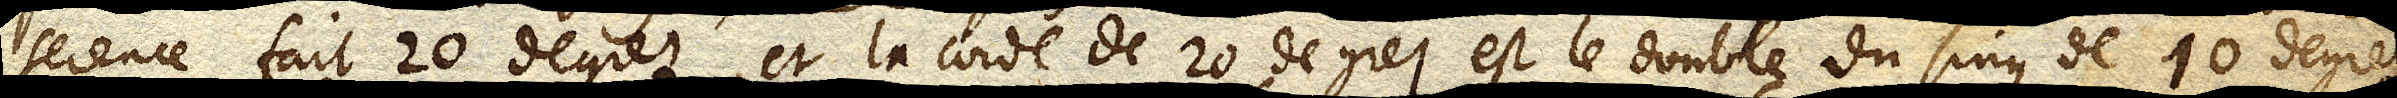
ference fait 20 degrez, et la corde de 20 degrez est le double du sinus de 10 degrez.